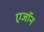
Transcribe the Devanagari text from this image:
एजॉन